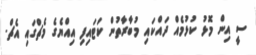
ސީ އިން މޮޅު ކުޅުމެއް ދައްކައި މުބާރާތުން ކަޓައިފި އިއްޔެގެ މެޗްގައި އެޗް.